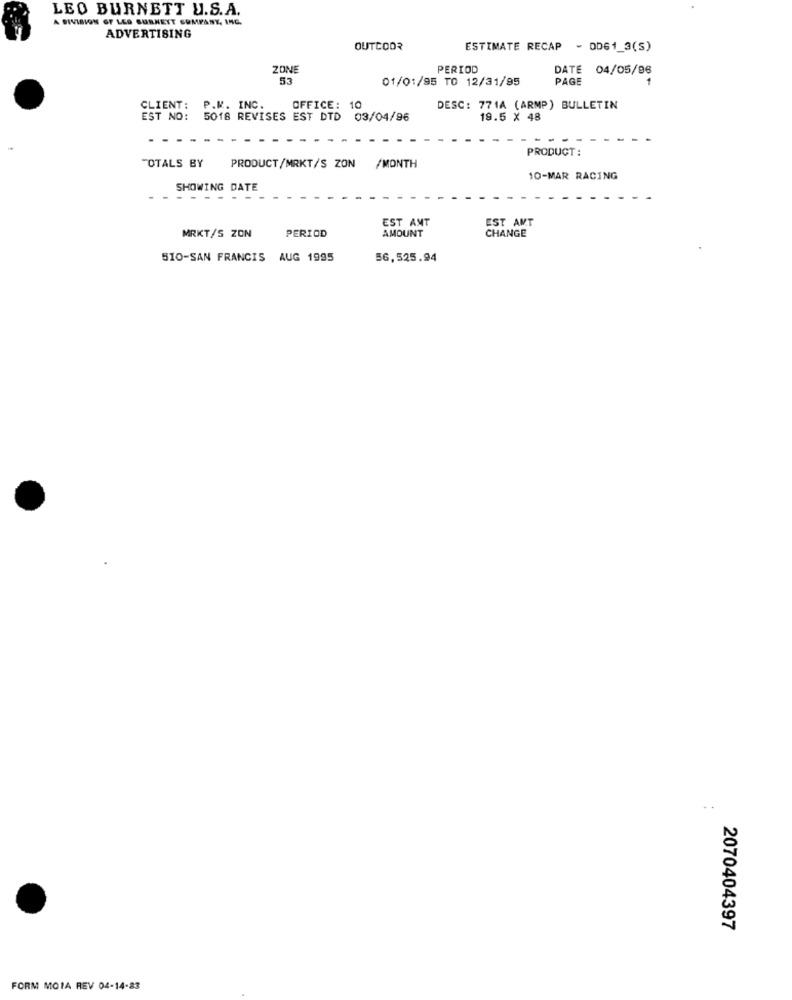
LEO BURNETT U.S.A.
A DIVISION OF LES BURNETT COMPANY, INC.
ADVERTISING
OUTCOOR
ESTIMATE RECAP
- OD61_3(S)
ZONE
PERIOD
DATE 04/05/96
53
01/01/95 TO 12/31/95
PAGE
CLIENT:
P.K. INC.
OFFICE: 10
DESC: 7714 (ARMP) BULLETIN
EST NO: 5018 REVISES EST DTD 03/04/96
19.5 X 48
PRODUCT:
TOTALS BY
PRODUCT/MRKT/S ZON /MONTH
10-MAR RACING
SHOWING DATE
EST AMT
EST AMT
PERIOD
AMOUNT
MRKT/S ZON
CHANGE
510-SAN FRANCIS AUG 1995
56,525.94
2070404397
FORM MOIA REV 04-14-23